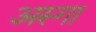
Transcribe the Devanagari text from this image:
अस्गा